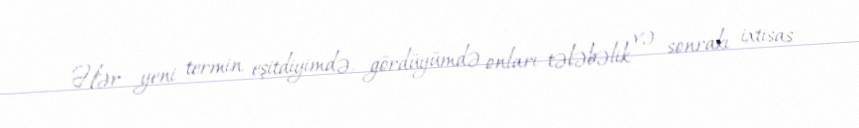
Hər yeni termin eşitdiyimdə, gördüyümdə onları tələbəlik və sonrakı ixtisas